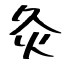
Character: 灸